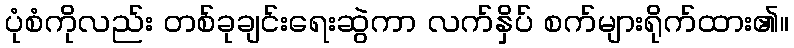
ပုံစံကိုလည်း တစ်ခုချင်းရေးဆွဲကာ လက်နှိပ် စက်များရိုက်ထား၏။